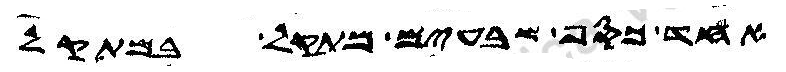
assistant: אחד כסף שבעים מתקל במתקל